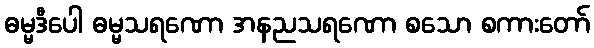
ဓမ္မဒီပေါ ဓမ္မသရဏော အနညသရဏော စသော စကားတော်